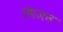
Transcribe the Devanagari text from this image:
भिजन